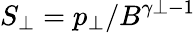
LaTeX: S_{\perp}=p_{\perp}/B^{\gamma{\perp}-1}